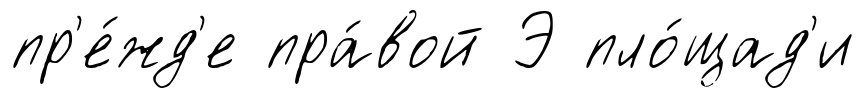
пр'е́жд'е пра́вой Э пло́щад'и